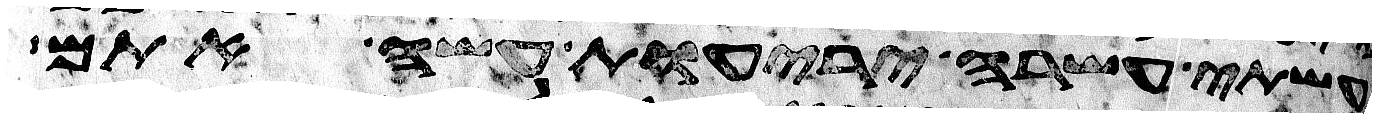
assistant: עשתה עשרה יריעות עשה אתם